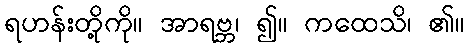
ရဟန်းတို့ကို။ အာရဗ္ဘ၊ ၍။ ကထေသိ၊ ၏။